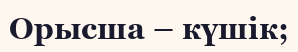
Орысша – күшік;